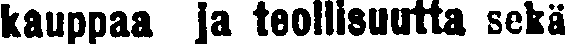
kauppaa ja teollisuutta sekä